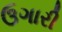
ઉગારી